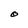
Character: O